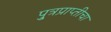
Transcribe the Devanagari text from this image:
पु्त्रप्राप्तीचा